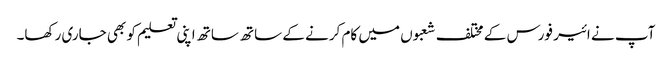
آپ نے ائیر فورس کے مختلف شعبوں میں کام کرنے کے ساتھ ساتھ اپنی تعلیم کو بھی جاری رکھا۔